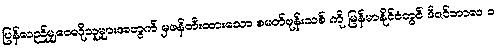
ပြန်လည်မျှဝေလိုသူများအတွက် မှဖန်တီးထားသော စမတ်ဖုန်းသစ် ကို မြန်မာနိုင်ငံတွင် ဒီဇင်ဘာလ ၁